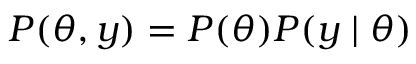
P ( \theta , y ) = P ( \theta ) P ( y \mid \theta )